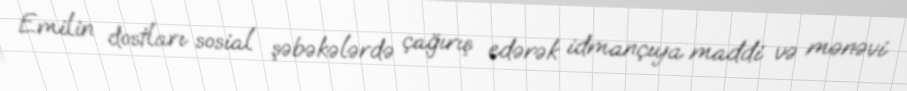
Emilin dostları sosial şəbəkələrdə çağırış edərək idmançıya maddi və mənəvi